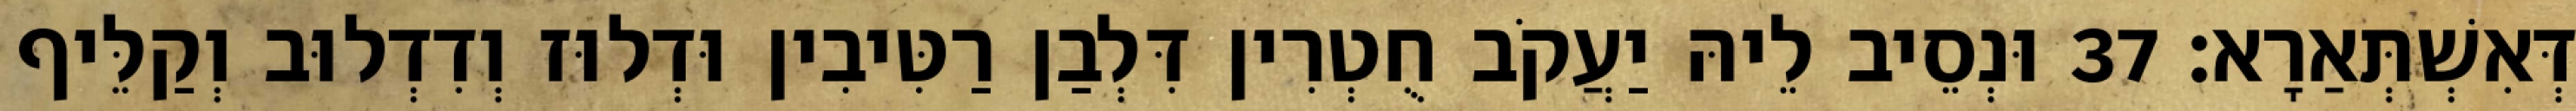
דְּאִשְׁתְּאַרָא׃ 37 וּנְסֵיב לֵיהּ יַעֲקֹב חֻטְרִין דִּלְבַן רַטִּיבִין וּדְלוּז וְדִדְלוּב וְקַלֵּיף